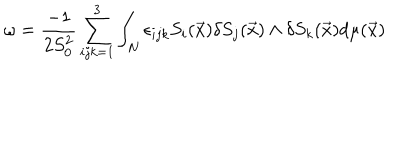
LaTeX: \omega = \frac { - 1 } { 2 S _ { 0 } ^ { 2 } } \sum _ { i j k = 1 } ^ { 3 } \int _ { N } \epsilon _ { i j k } S _ { i } ( \vec { x } ) \delta S _ { j } ( \vec { x } ) \wedge \delta S _ { k } ( \vec { x } ) d \mu ( \vec { x } )